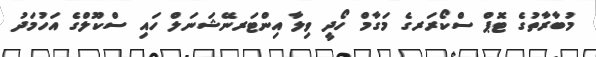
މުބާރާތުގެ ޓޮޕް ސްކޯރަރގެ މަގާމް ހޯދީ ވިލާ އިންޓަރނޭޝަނަލް ހައި ސްކޫލްގެ އަހުމަދު